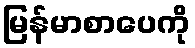
မြန်မာစာပေကို